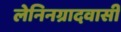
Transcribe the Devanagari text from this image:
लेनिनग्रादवासी